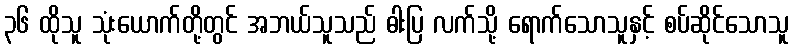
၃၆ ထိုသူ သုံးယောက်တို့တွင် အဘယ်သူသည် ဓါးပြ လက်သို့ ရောက်သောသူနှင့် စပ်ဆိုင်သောသူ